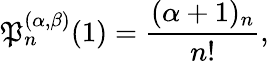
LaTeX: \mathfrak{P}_{n}^{(\alpha,\beta)}(1)=\frac{{(\alpha+1)_{n}}}{{n!}},